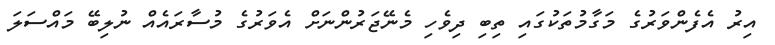
އިރު އެފެންވަރުގެ މަގާމުތަކުގައި ތިބި ދިވެހި މެނޭޖަރުންނަށް އެވަރުގެ މުސާރައެއް ނުލިބޭ މައްސަލަ